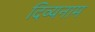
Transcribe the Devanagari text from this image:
दिव्यनाम